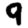
Digit: 9